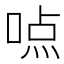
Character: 𰈊